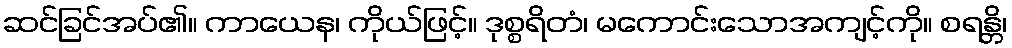
ဆင်ခြင်အပ်၏။ ကာယေန၊ ကိုယ်ဖြင့်။ ဒုစ္စရိတံ၊ မကောင်းသောအကျင့်ကို။ စရန္တိ၊